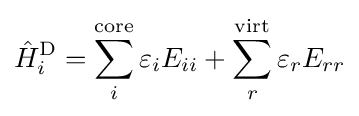
{\hat {H}}_{i}^{\rm {D}}=\sum _{i}^{\rm {core}}\varepsilon _{i}E_{ii}+\sum _{r}^{\rm {virt}}\varepsilon _{r}E_{rr}